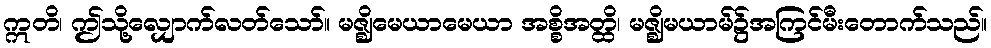
ဣတိ၊ ဤသို့လျှောက်လတ်သော်။ မဇ္ဈိမေယာမေယာ အစ္စိအတ္ထိ၊ မဇ္ဈိမယာမ်၌အကြင်မီးတောက်သည်။